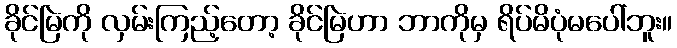
ခိုင်မြဲကို လှမ်းကြည့်တော့ ခိုင်မြဲဟာ ဘာကိုမှ ရိပ်မိပုံမပေါ်ဘူး။